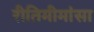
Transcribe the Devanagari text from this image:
रीतिमीमांसा